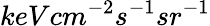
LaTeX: keVcm^{-2}s^{-1}sr^{-1}